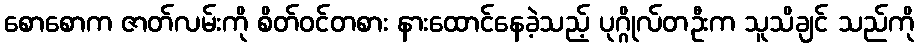
စောစောက ဇာတ်လမ်းကို စိတ်ဝင်တစား နားထောင်နေခဲ့သည့် ပုဂ္ဂိုလ်တဦးက သူသိချင် သည်ကို